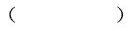
（ ）